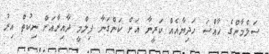
ސަލްމާންގެ ހާއްސަ ހަދިޔާއެއް ކަރީނާ އަށް ކަންގަނާ ފިލްމީ ދާއިރާއަށް ނިކުތް އިރު